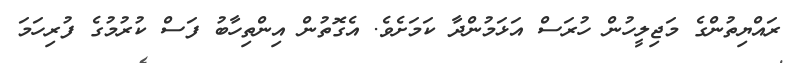
ރައްޔިތުންގެ މަޖިލީހުން ހުރަސް އަޅަމުންދާ ކަމަށެވެ. އެގޮތުން އިންތިހާބު ފަސް ކުރުމުގެ ފުރިހަމަ